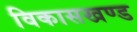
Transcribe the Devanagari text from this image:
विकासखण्‍ड